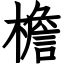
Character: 檐